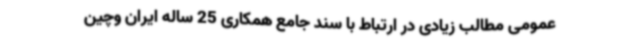
عمومی مطالب زیادی در ارتباط با سند جامع همکاری 25 ساله ایران وچین